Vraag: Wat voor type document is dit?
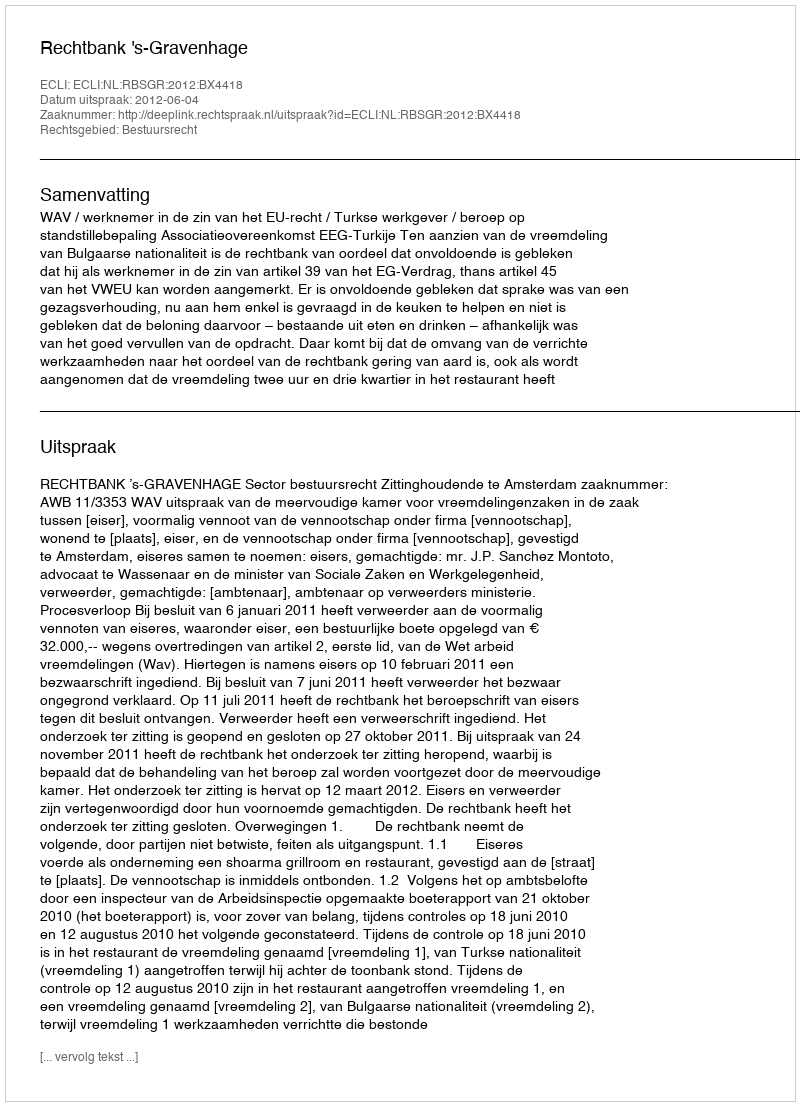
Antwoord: Uitspraak